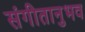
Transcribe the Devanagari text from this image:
संगीतानुभव